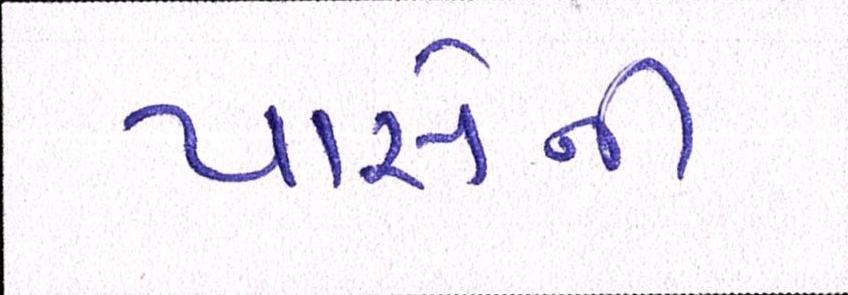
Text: પાસેની